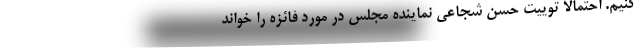
کنیم. احتمالا توییت حسن شجاعی نماینده مجلس در مورد فائزه را خواند